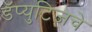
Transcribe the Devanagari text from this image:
डॅप्युटिजचे